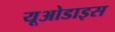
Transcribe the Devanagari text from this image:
यूओडाइस